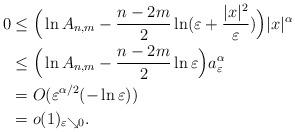
LaTeX: \begin{align*} 0 &\leq \Big( \ln A_{n,m} -\frac{n-2m}2 \ln (\varepsilon + \frac{|x|^2}{\varepsilon}) \Big) |x|^\alpha \\&\leq \Big( \ln A_{n,m} -\frac{n-2m}2 \ln \varepsilon \Big) a_\varepsilon^\alpha \\&= O(\varepsilon^{\alpha /2}(-\ln \varepsilon))\\& = o(1)_{\varepsilon \searrow 0}.\end{align*}